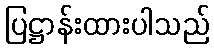
ပြဋ္ဌာန်းထားပါသည်